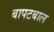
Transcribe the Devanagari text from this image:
बापटबाल